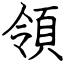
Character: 領